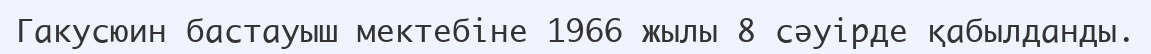
Гакусюин бастауыш мектебіне 1966 жылы 8 сәуірде қабылданды.